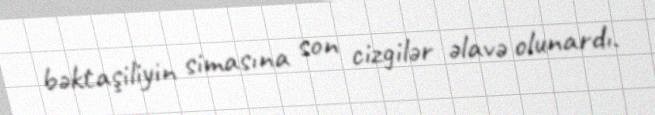
bəktaşiliyin simasına son cizgilər əlavə olunardı.